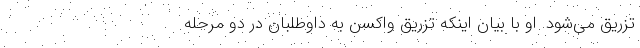
تزریق می‌شود. او با بیان اینکه تزریق واکسن به داوطلبان در دو مرحله